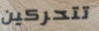
تتحركين